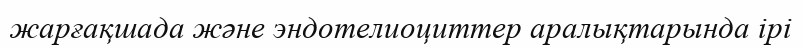
жарғақшада және эндотелиоциттер аралықтарында ірі